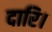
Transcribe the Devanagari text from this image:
दारि।